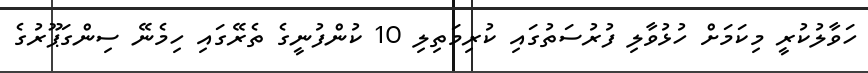
ހަވާލުކުރީ މިކަމަށް ހުޅުވާލި ފުރުސަތުގައި ކުރިމަތިލި 10 ކުންފުނީގެ ތެރޭގައި ހިމެނޭ ސިންގަޕޫރުގެ